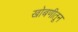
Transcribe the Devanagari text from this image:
खोबणीतून